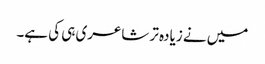
میں نے زیادہ تر شاعری ہی کی ہے۔